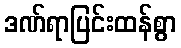
ဒဏ်ရာပြင်းထန်စွာ